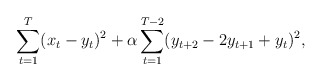
\begin{align*}\sum_{t=1}^T(x_t-y_t)^2+\alpha\sum_{t=1}^{T-2}( y_{t +2 }-2 y_{t+1}+ y_{t})^2,\end{align*}